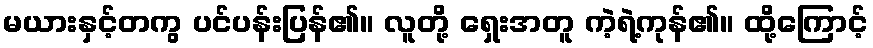
မယားနှင့်တကွ ပင်ပန်းပြန်၏။ လူတို့ ရှေးအတူ ကဲ့ရဲ့ကုန်၏။ ထို့ကြောင့်